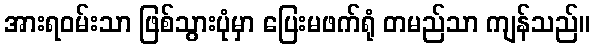
အားရဝမ်းသာ ဖြစ်သွားပုံမှာ ပြေးမဖက်ရုံ တမည်သာ ကျန်သည်။